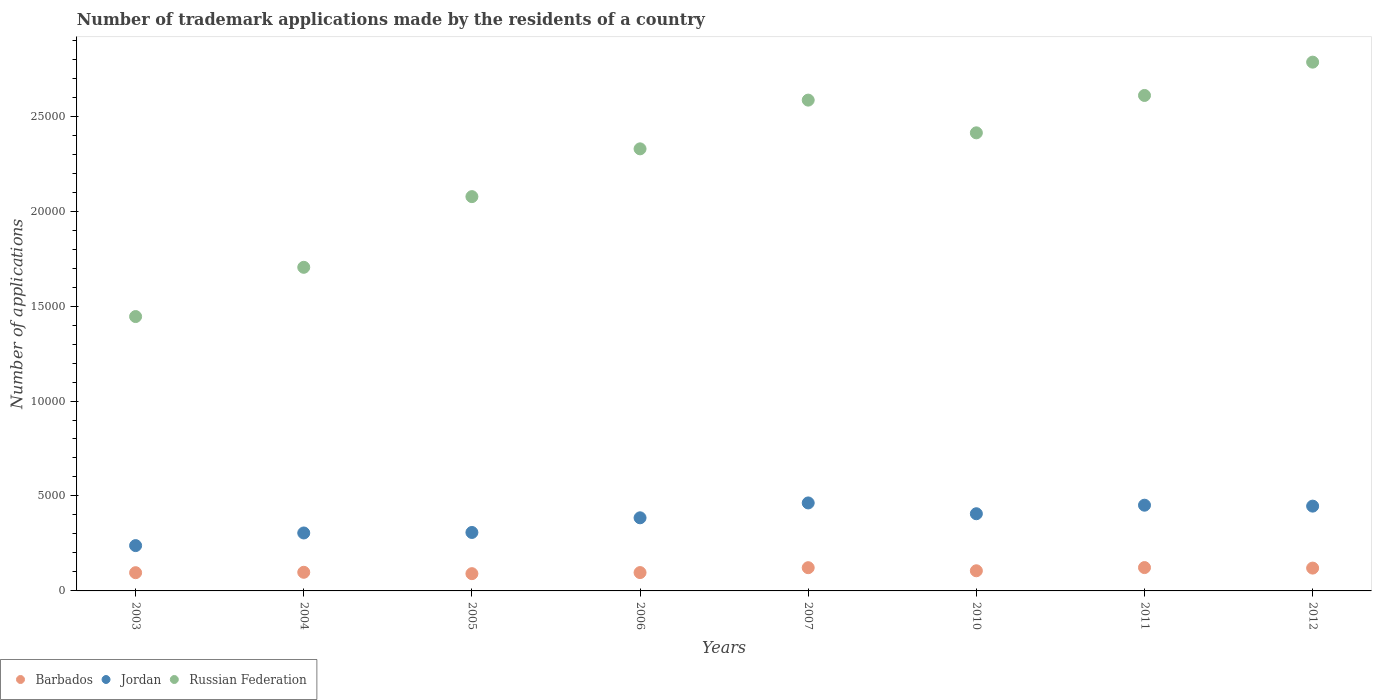
| Years | Barbados | Jordan | Russian Federation |
 | --- | --- | --- | --- |
 | 2003 | 960 | 2.39e+03 | 1.44e+04 |
 | 2004 | 981 | 3.05e+03 | 1.7e+04 |
 | 2005 | 909 | 3.08e+03 | 2.08e+04 |
 | 2006 | 966 | 3.85e+03 | 2.33e+04 |
 | 2007 | 1.22e+03 | 4.63e+03 | 2.58e+04 |
 | 2010 | 1.06e+03 | 4.06e+03 | 2.41e+04 |
 | 2011 | 1.23e+03 | 4.51e+03 | 2.61e+04 |
 | 2012 | 1.2e+03 | 4.46e+03 | 2.78e+04 |